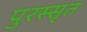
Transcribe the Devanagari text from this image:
पुरस्सृत